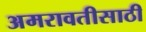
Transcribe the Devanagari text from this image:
अमरावतीसाठी